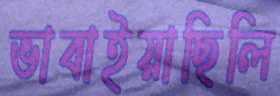
ভাবাইয়াছিলি